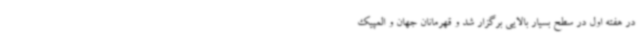
در هفته اول در سطح بسیار بالایی برگزار شد و قهرمانان جهان و المپیک